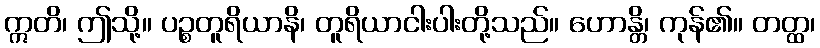
ဣတိ၊ ဤသို့။ ပဉ္စတူရိယာနိ၊ တူရိယာငါးပါးတို့သည်။ ဟောန္တိ၊ ကုန်၏။ တတ္ထ၊